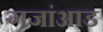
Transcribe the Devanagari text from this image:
गजांआड